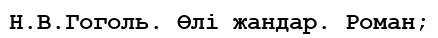
Н.В.Гоголь. Өлі жандар. Роман;